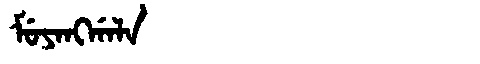
Manchu: ᠮᡠᠶᠠᠩᡤᠠᠯᠠ
Romanization: MUYANGGALA